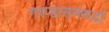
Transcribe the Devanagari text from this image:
गरुडासनरूढां